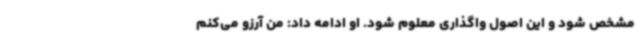
مشخص شود و این اصول واگذاری معلوم شود. او ادامه داد: من آرزو می‌کنم